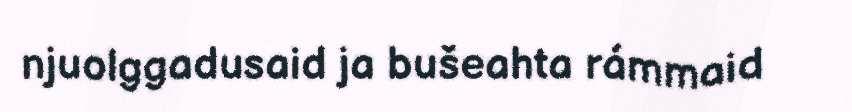
njuolggadusaid ja bušeahta rámmaid